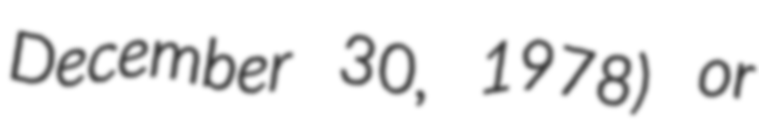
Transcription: December 30, 1978) or